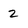
Character: 2